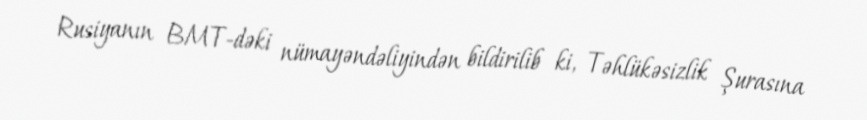
Rusiyanın BMT-dəki nümayəndəliyindən bildirilib ki, Təhlükəsizlik Şurasına